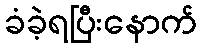
ခံခဲ့ရပြီးနောက်